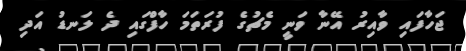
ޖަހާފައި ވާއިރު އޭނާ ވަނީ މެޗުގެ ފުރަތަމަ ހާފްގައި ދެ ލަނޑު އަދި